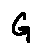
G